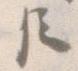
臣